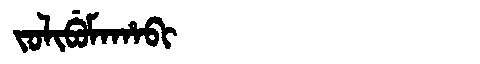
Manchu: ᠵᠣᠯᡳᠪᡠᠮᠠᡥᠠᠪᡳ
Romanization: JOLIBUMAHABI